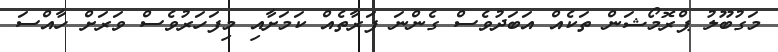
މަގުބޫލު ޕްރޮމޯޝަން ތަކެއް އަބަދުވެސް ގެންނަ ފަރާތެއް ކަމަށާއި މިފަހަރުވެސް ވަރަށް ހާއްސަ